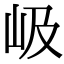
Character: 岋